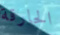
الحارقة